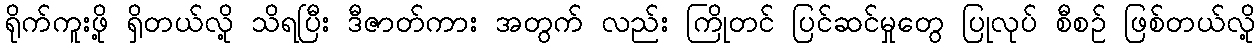
ရိုက်ကူးဖို့ ရှိတယ်လို့ သိရပြီး ဒီဇာတ်ကား အတွက် လည်း ကြိုတင် ပြင်ဆင်မှုတွေ ပြုလုပ် စီစဉ် ဖြစ်တယ်လို့